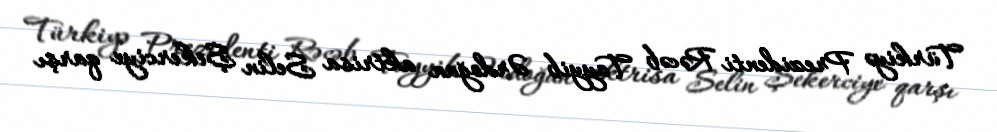
Türkiyə Prezidenti Rəcəb Tayyib Ərdoğan aktrisa Selin Şekerciye qarşı